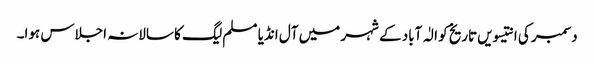
دسمبر کی انتیسویں تاریخ کو الٰہ آباد کے شہر میں آل انڈیا مسلم لیگ کا سالانہ اجلاس ہوا۔